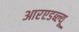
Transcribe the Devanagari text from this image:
आरएडब्ल्यू